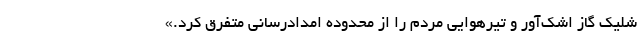
شلیک گاز اشک‌آور و تیرهوایی مردم را از محدوده امدادرسانی متفرق کرد.»